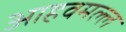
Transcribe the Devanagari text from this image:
आहवमल्ल